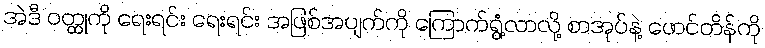
အဲဒီ ဝတ္ထုကို ရေးရင်း ရေးရင်း အဖြစ်အပျက်ကို ကြောက်ရွံ့လာလို့ စာအုပ်နဲ့ ဖောင်တိန်ကို